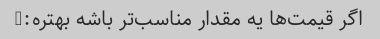
اگر قیمت‌ها یه مقدار مناسب‌تر باشه بهتره:)